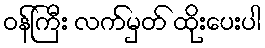
ဝန်ကြီး လက်မှတ် ထိုးပေးပါ